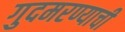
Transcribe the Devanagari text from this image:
गुदमरण्याची